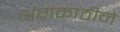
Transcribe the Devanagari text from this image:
अंगकाठीने